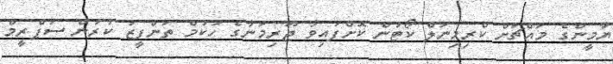
ޔާމީންގެ މައްޗަށް ކްރިމިނަލް ކޯޓުން ކޮށްފައިވާ ޖޫރިމަނާގެ ހުކުމް ތަންފީޒު ކުރުން ސުޕްރީމް